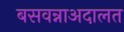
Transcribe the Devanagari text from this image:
बसवन्नाअदालत